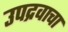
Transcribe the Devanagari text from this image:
उपद्रवाचा